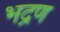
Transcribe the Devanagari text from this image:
भद्रण